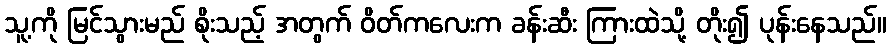
သူ့ကို မြင်သွားမည် စိုးသည့် အတွက် ဝိတ်ကလေးက ခန်းဆီး ကြားထဲသို့ တိုး၍ ပုန်းနေသည်။